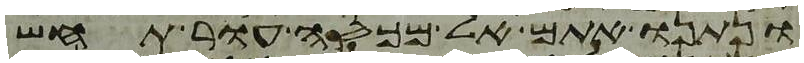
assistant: ונתנו אתם אל מכסה עור תחש